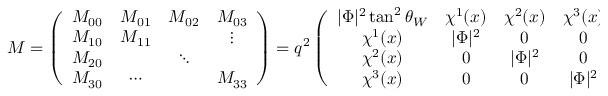
{ \cal M } = \left( \begin{array} { c c c c } { { { \cal M } _ { 0 0 } } } & { { { \cal M } _ { 0 1 } } } & { { { \cal M } _ { 0 2 } } } & { { { \cal M } _ { 0 3 } } } \\ { { { \cal M } _ { 1 0 } } } & { { { \cal M } _ { 1 1 } } } & { { } } & { { \vdots } } \\ { { { \cal M } _ { 2 0 } } } & { { } } & { { \ddots } } & { { } } \\ { { { \cal M } _ { 3 0 } } } & { { \cdots } } & { { } } & { { { \cal M } _ { 3 3 } } } \end{array} \right) = q ^ { 2 } \left( \begin{array} { c c c c } { { | \Phi | ^ { 2 } \tan ^ { 2 } \theta _ { W } } } & { { \chi ^ { 1 } ( x ) } } & { { \chi ^ { 2 } ( x ) } } & { { \chi ^ { 3 } ( x ) } } \\ { { \chi ^ { 1 } ( x ) } } & { { | \Phi | ^ { 2 } } } & { { 0 } } & { { 0 } } \\ { { \chi ^ { 2 } ( x ) } } & { { 0 } } & { { | \Phi | ^ { 2 } } } & { { 0 } } \\ { { \chi ^ { 3 } ( x ) } } & { { 0 } } & { { 0 } } & { { | \Phi | ^ { 2 } } } \end{array} \right) ,